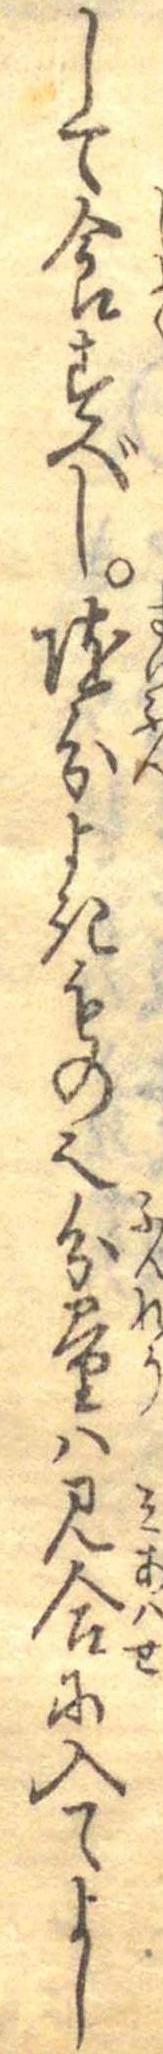
して食すべし随分よきもの也分量は見合に入てよし